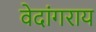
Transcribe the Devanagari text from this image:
वेदांगराय